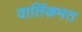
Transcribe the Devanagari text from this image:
वार्तिकमत